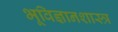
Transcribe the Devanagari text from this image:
भूविज्ञानशास्त्र